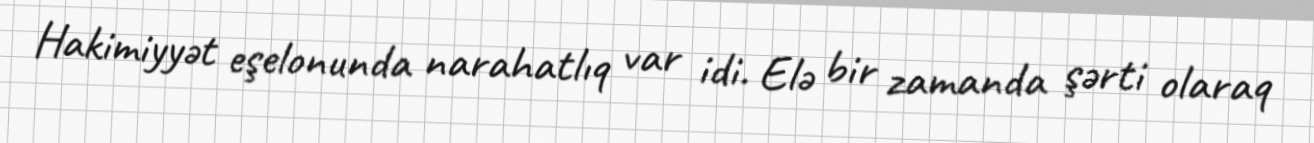
Hakimiyyət eşelonunda narahatlıq var idi. Elə bir zamanda şərti olaraq